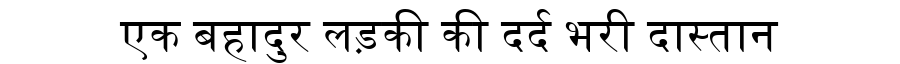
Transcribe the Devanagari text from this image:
एक बहादुर लड़की की दर्द भरी दास्तान